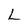
Character: L